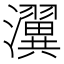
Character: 瀷